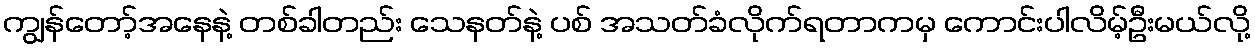
ကျွန်တော့်အနေနဲ့ တစ်ခါတည်း သေနတ်နဲ့ ပစ် အသတ်ခံလိုက်ရတာကမှ ကောင်းပါလိမ့်ဦးမယ်လို့